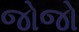
જોજો